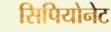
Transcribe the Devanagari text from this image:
सिपियोनेट